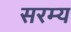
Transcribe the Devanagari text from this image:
सरम्य